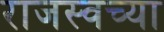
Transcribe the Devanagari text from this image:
राजस्वच्या